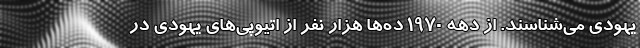
یهودی می‌شناسند. از دهه 1970 ده‌ها هزار نفر از اتیوپی‌های یهودی در